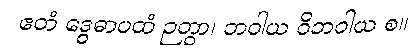
ဧတံ ဒွေဓာပထံ ဉတွာ၊ ဘဝါယ ဝိဘဝါယ စ။